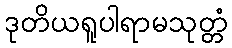
ဒုတိယရူပါရာမသုတ္တံ